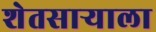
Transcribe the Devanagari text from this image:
शेतसाऱ्याला